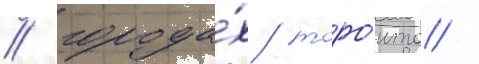
/ города́х торо́нто /